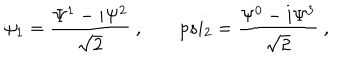
\psi _ { 1 } = \frac { \Psi ^ { 1 } - i \Psi ^ { 2 } } { \sqrt 2 } \ , \ \ \ \, p s i _ { 2 } = \frac { \Psi ^ { 0 } - i \Psi ^ { 3 } } { \sqrt 2 } \ ,